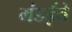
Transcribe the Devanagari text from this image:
मंडईचे